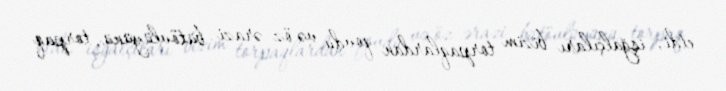
etdi, işğalçıları bizim torpaqlardan qovdu və öz ərazi bütövlüyünü, torpaq